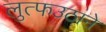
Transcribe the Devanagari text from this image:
लुत्फउठाने